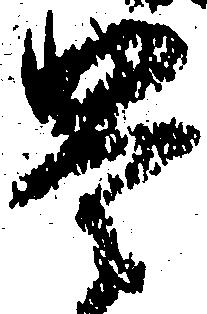
豊